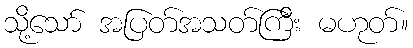
သို့သော် အပြတ်အသတ်ကြီး မဟုတ်။